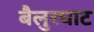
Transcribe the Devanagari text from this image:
बैलुरघाट